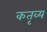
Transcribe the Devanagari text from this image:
कतृव्य